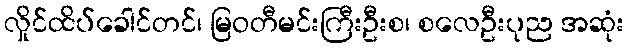
လှိုင်ထိပ်ခေါင်တင်၊ မြဝတီမင်းကြီးဦးစ၊ စလေဦးပုည အဆုံး